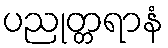
ပညုတ္တရာနံ